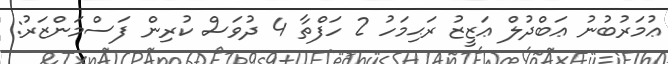
ޢުމަރުބުނު ޢަބްދުލް ޢަޒީޒު ރަޙިމަހު 2 ހަފްތާ 4 ދުވަސް ކުރިން ފަސްމަންޒަރު: